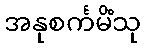
အနုစင်္ကမိံသု